Indian journal of veterinary science and animal husbandry - Volume 5,
Year: 1935
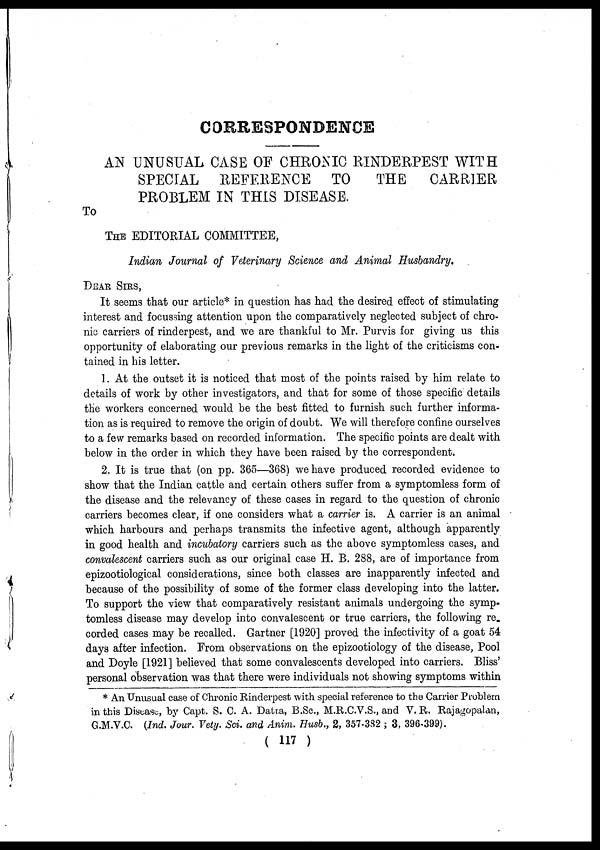
CORRESPONDENCE
AN UNUSUAL CASE OF CHRONIC RINDERPEST WITH
SPECIAL REFERENCE TO
THE
CARRIER
PROBLEM IN THIS DISEASE.
To
THE EDITORIAL COMMITTEE,
Indian Journal of Veterinary Science and Animal Husbandry.
DEAR SIRS,
It seems that our article* in question has had the desired effect of stimulating
interest and focussing attention upon the comparatively neglected subject of chro-
nic carriers of rinderpest, and we are thankful to Mr. Purvis for giving us this
opportunity of elaborating our previous remarks in the light of the criticisms con-
tained in his letter.
1. At the outset it is noticed that most of the points raised by him relate to
details of work by other investigators, and that for some of those specific details
the workers concerned would be the best fitted to furnish such further informa-
tion as is required to remove the origin of doubt. We will therefore confine ourselves
to a few remarks based on recorded information. The specific points are dealt with
below in the order in which they have been raised by the correspondent.
2. It is true that (on pp. 365—368) we have produced recorded evidence to
show that the Indian cattle and certain others suffer from a symptomless form of
the disease and the relevancy of these cases in regard to the question of chronic
carriers becomes clear, if one considers what a carrier is. A carrier is an animal
which harbours and perhaps transmits the infective agent, although apparently
in good health and incubatory carriers such as the above symptomless cases, and
convalescent carriers such as our original case H. B. 288, are of importance from
epizootiological considerations, since both classes are inapparently infected and
because of the possibility of some of the former class developing into the latter.
To support the view that comparatively resistant animals undergoing the symp-
tomless disease may develop into convalescent or true carriers, the following re-
corded cases may be recalled. Gartner [1920] proved the infectivity of a goat 54
days after infection. From observations on the epizootiology of the disease, Pool
and Doyle [1921] believed that some convalescents developed into carriers. Bliss'
personal observation was that there were individuals not showing symptoms within
* An Unusual case of Chronic Rinderpest with special reference to the Carrier Problem
in this Disease, by Capt. S. C. A. Datta, B.Sc., M.R.C.V.S., and V. R. Rajagopalan,
G.M.V.C. (Ind. Jour. Vety. Sci. and Anim. Husb., 2, 357-382 ; 3, 396-399).
( 117 )